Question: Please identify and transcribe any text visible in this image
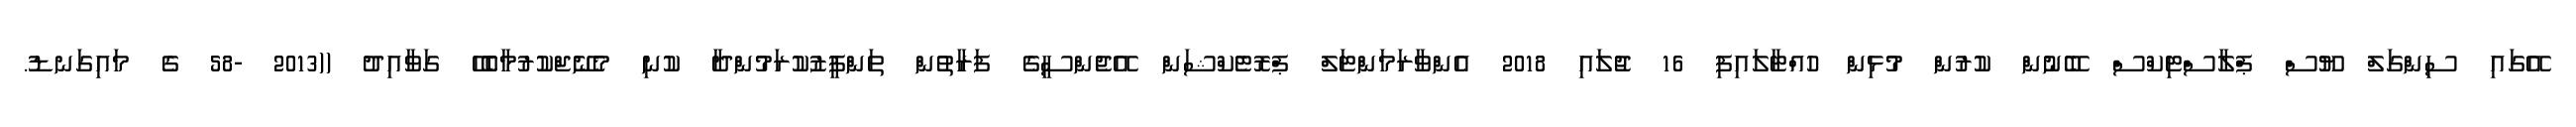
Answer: އޭގައި ސިންގަލް ޔޫސް ޕްލާސްޓިކްސް ބޭނުން ކުރުން މުޅިން ހުއްޓާލައިފި 16 ޖުލައި 2018 އެންވާރަމަންޓަލް ޕްރޮޓެކްޝަން އޭޖެންސީގެ ފަރާތުން ތަންފީޒުކުރަމުންދާ ކުނި މެނޭޖްކުރުމާބެހޭ ގަވާއިދު ((2013 -58 ގެ މައިގަނޑު.